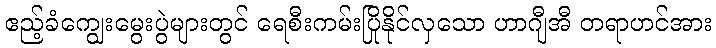
ဧည့်ခံကျွေးမွေးပွဲများတွင် ရေစီးကမ်းပြိုနိုင်လှသော ဟာဂျီအီ တရာဟင်အား